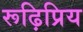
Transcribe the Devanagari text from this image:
रूढ़िप्रिय